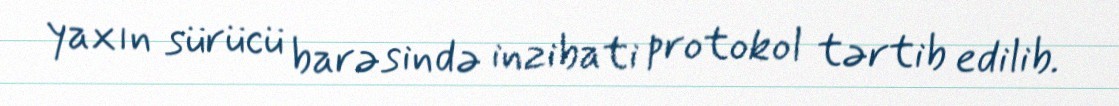
yaxın sürücü barəsində inzibati protokol tərtib edilib.